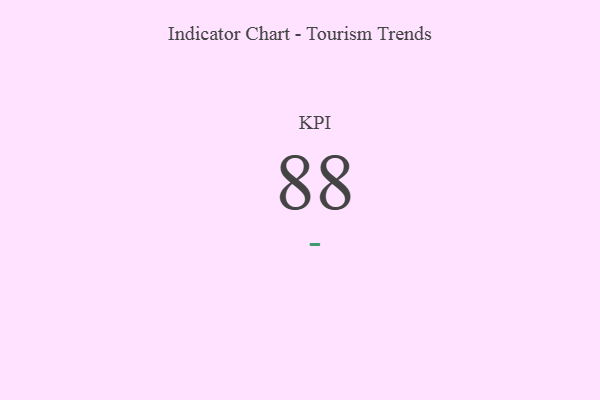
{"axis": {"x": "KPI", "y": "Value"}, "legend": [""], "data": [{"x": "KPI", "y": 88, "type": ""}]}